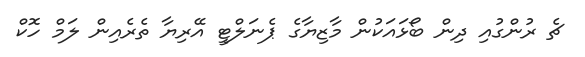
ޗެ ރުންގުއި ދިން ބޯޅައަކުން މާޒިޔާގެ ޕެނަލްޓީ އޭރިޔާ ތެރެއިން ލަމް ހޮކް